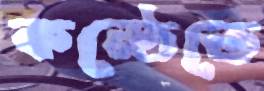
কন্ঠেতে